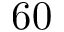
6 0